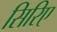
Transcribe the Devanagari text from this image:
सिरिए